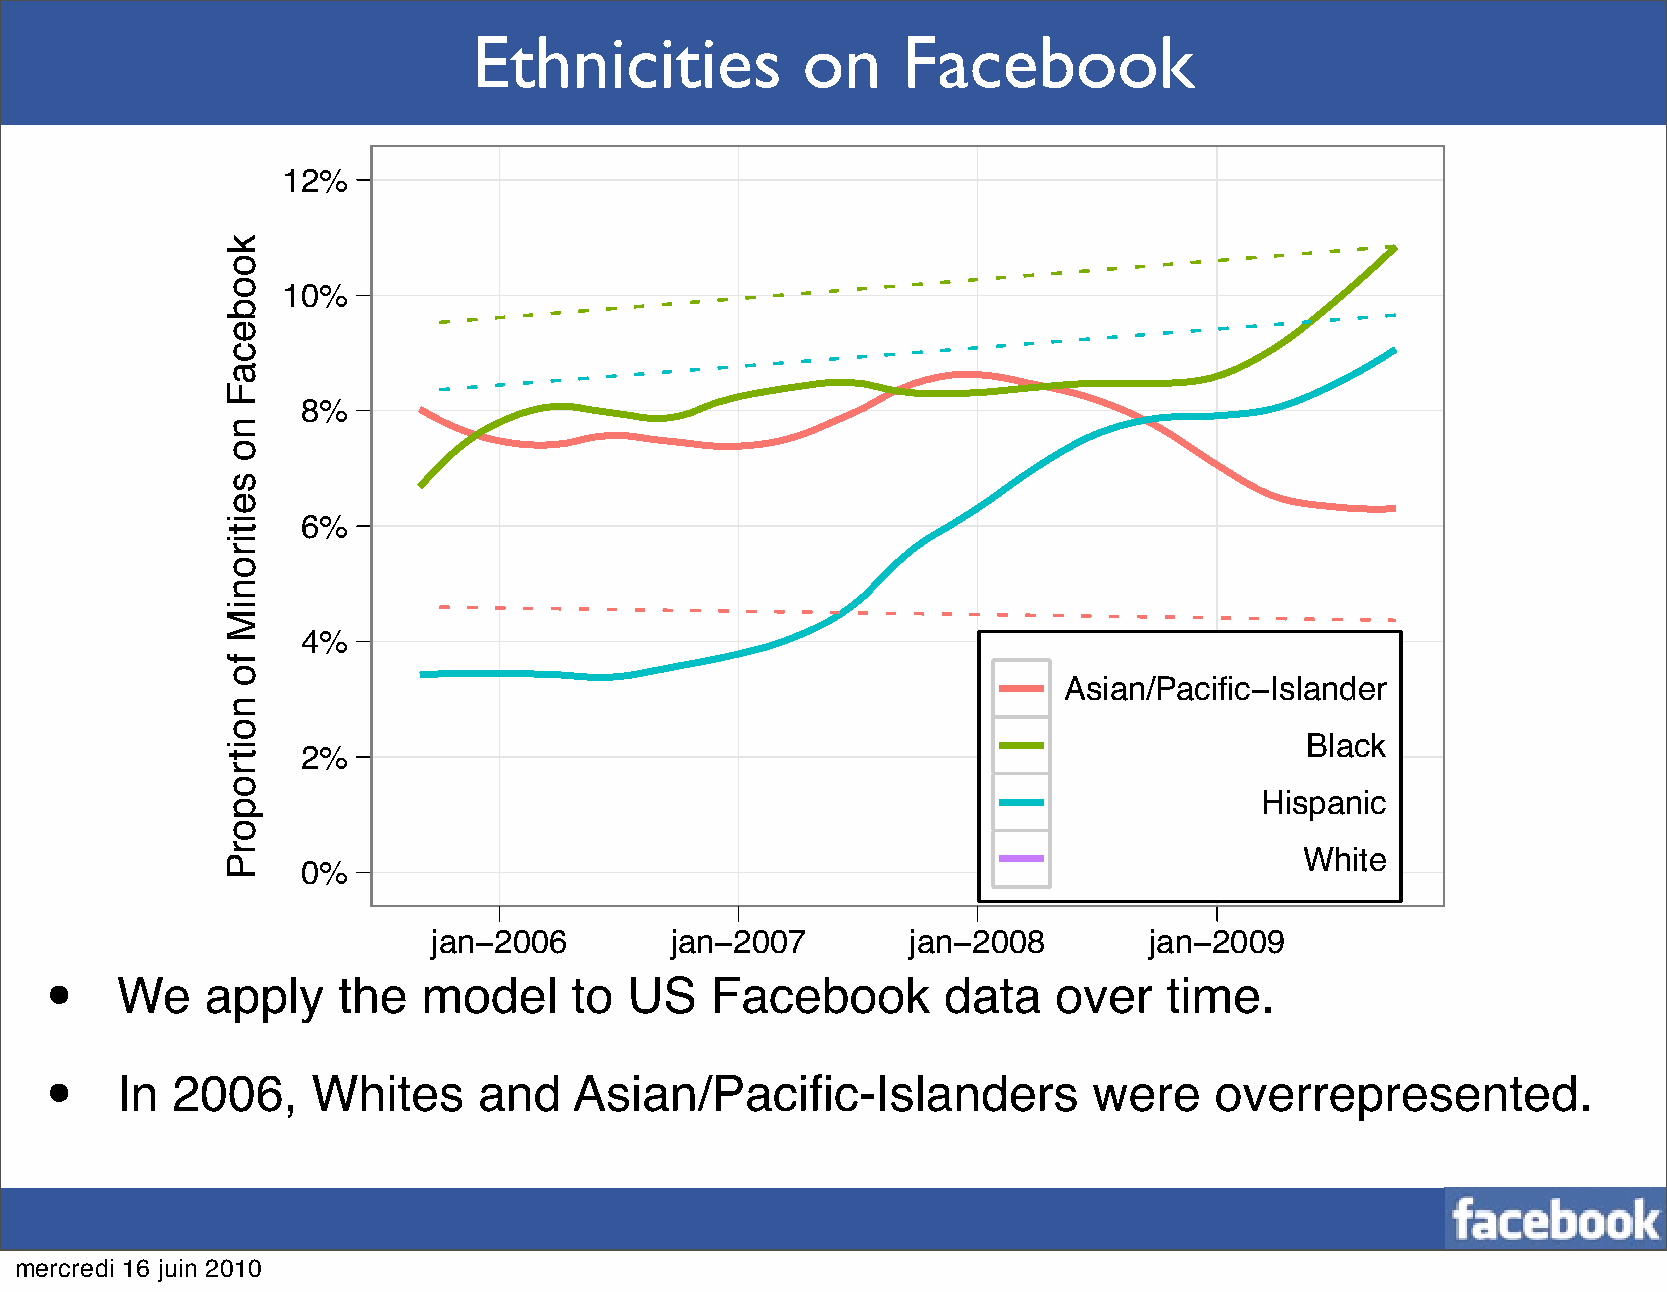
Ethnicities           on     Facebook
 12%
 10%
 8%
 6%
 4%
 Asian/Pacific−Islander
 Black
 2%
 Hispanic
 White
 0%
 jan−2006       jan−2007        jan−2008        jan−2009
 •
 We    apply   the   model     to  US   Facebook        data   over   time.
 •
 In 2006,     Whites     and   Asian/Pacific-Islanders           were    overrepresented.
 mercredi 16 juin 2010
 koobecaF
 no
 seitironiM
 fo
 noitroporP